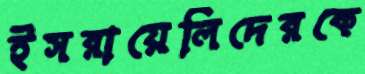
ইসরায়েলিদেরকে